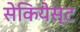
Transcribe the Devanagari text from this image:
सेकियेस्ट